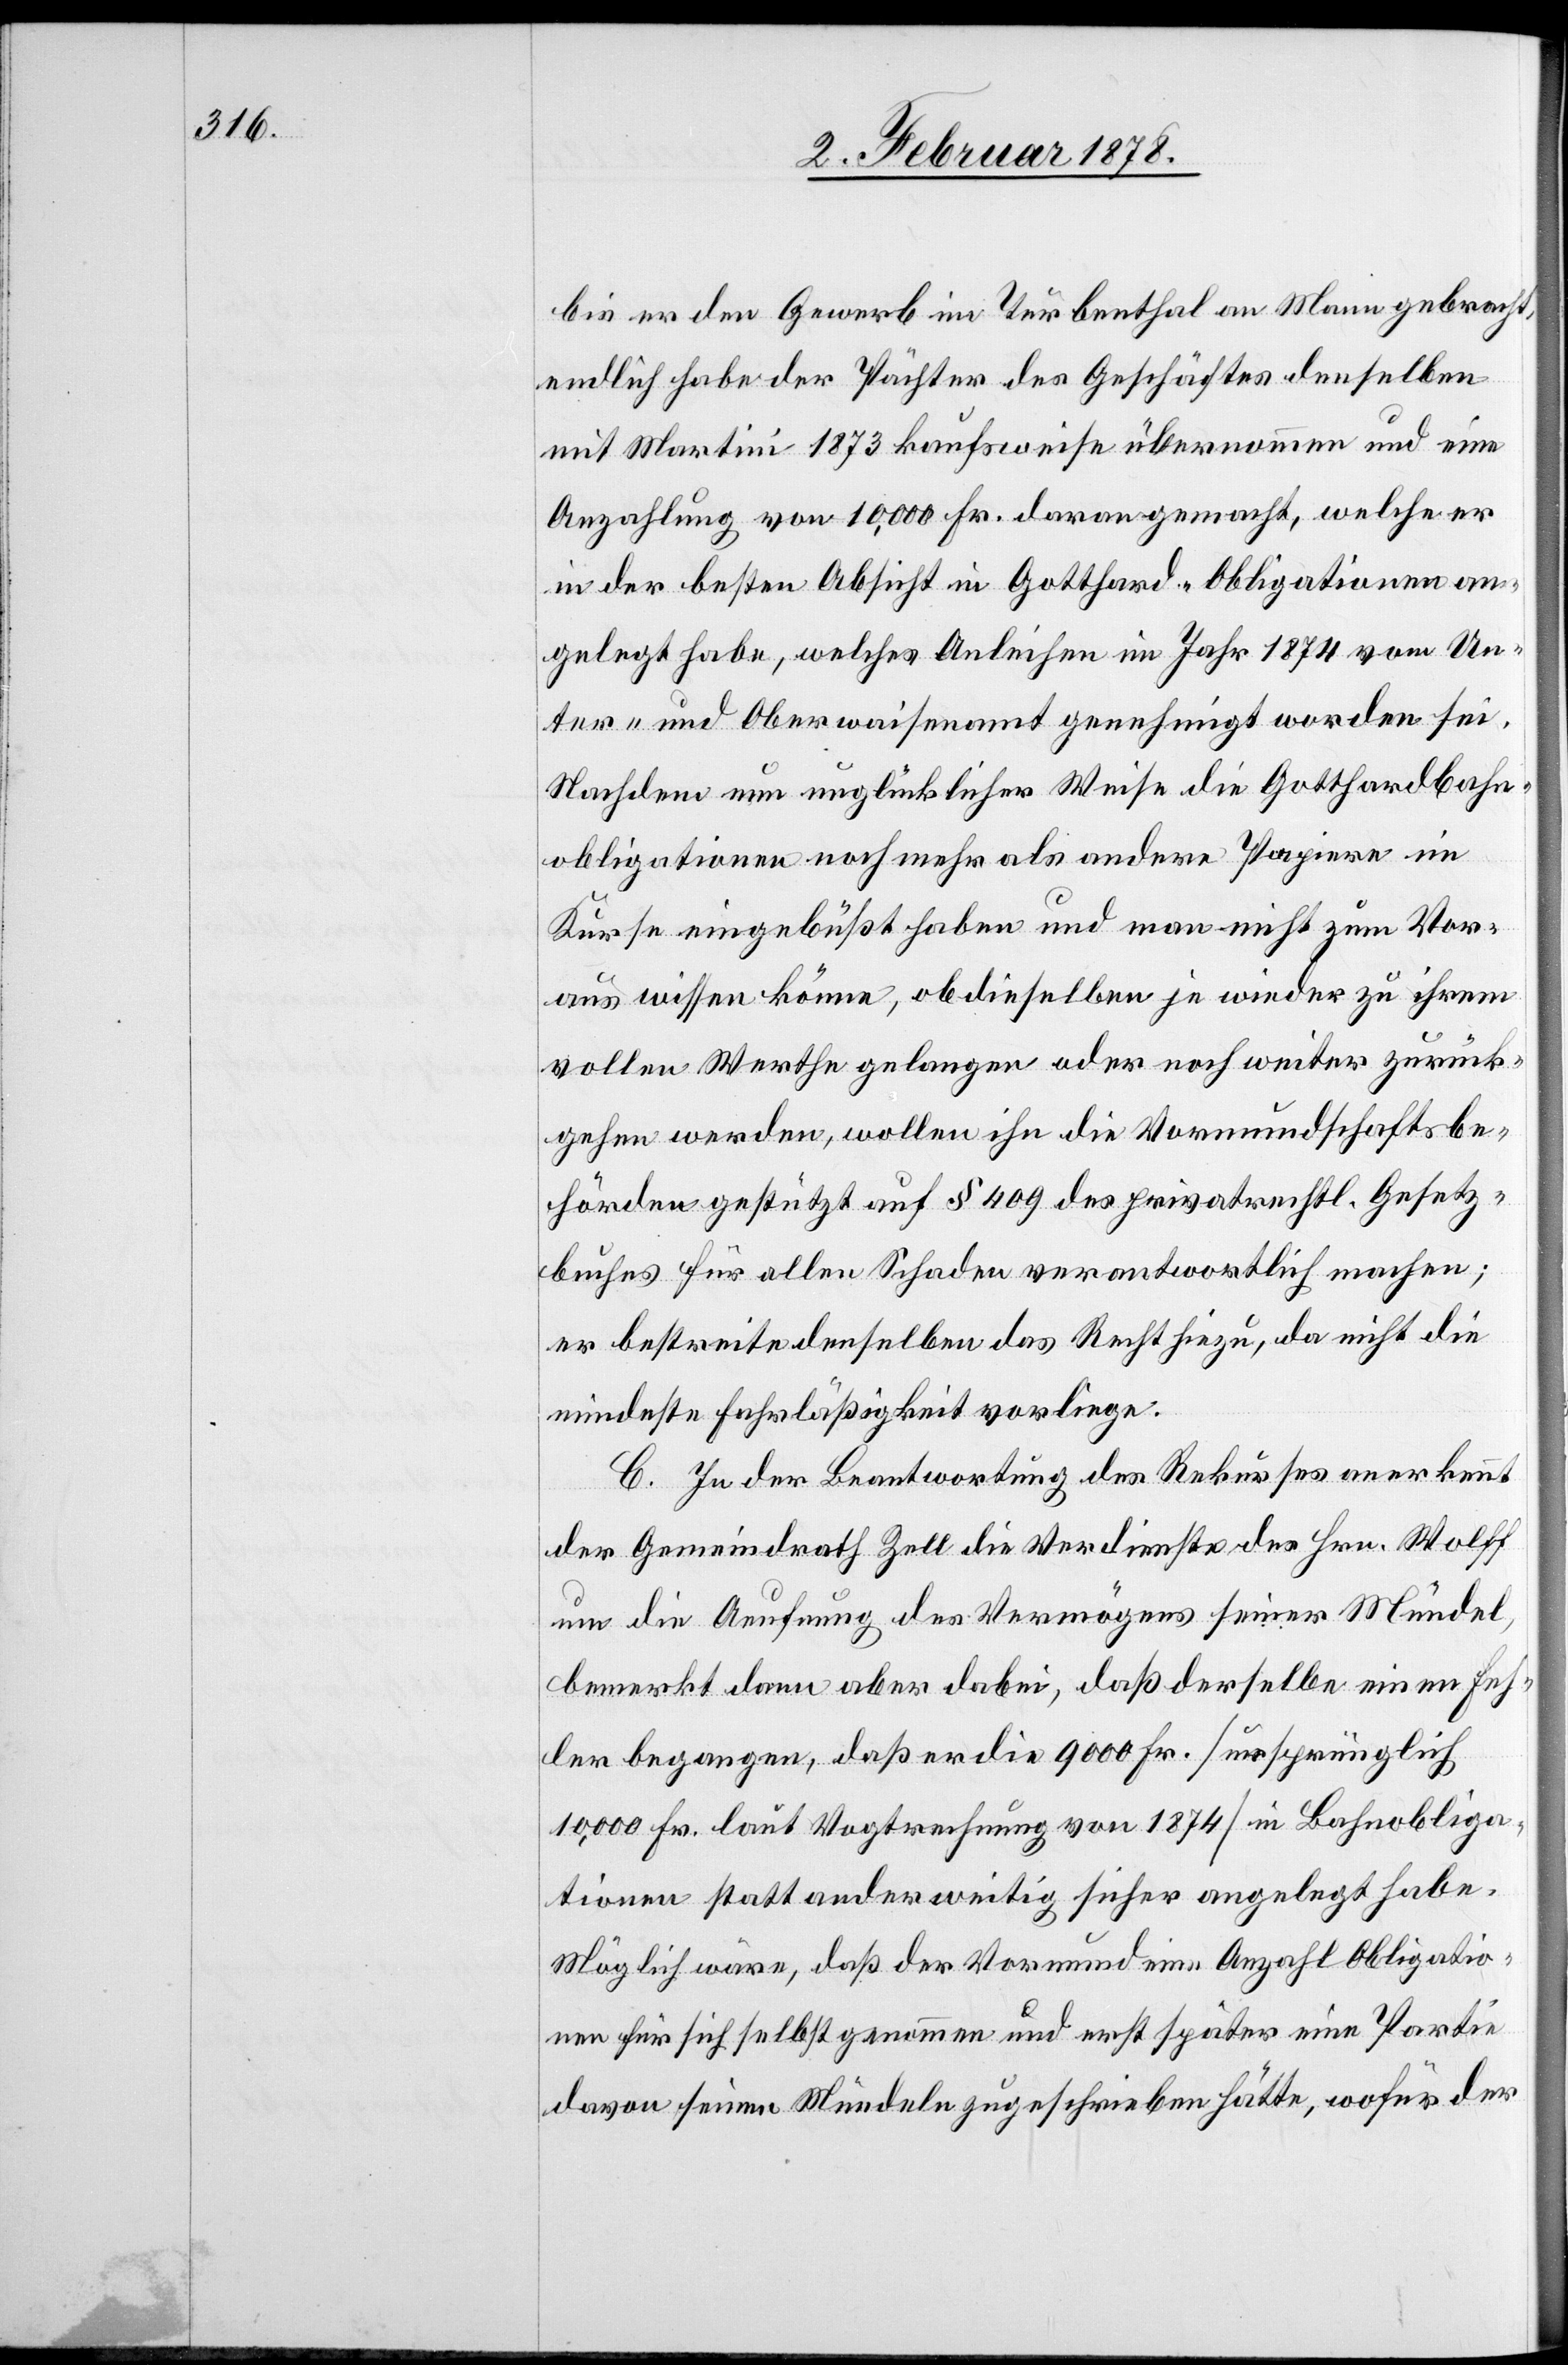
bis er den Gewerb im Turbenthal an Mann gebracht,
endlich habe der Pächter des Geschäftes denselben
mit Martini 1873 kaufsweise übernommen und eine
Anzahlung von 10,000 Fr. daran gemacht, welche er
in der besten Absicht in Gotthard-Obligationen an¬
gelegt habe, welches Anleihen im Jahr 1874 vom Un¬
ter- und Oberwaisenamt genehmigt worden sei.
Nachdem nun unglücklicher Weise die Gotthardbahn¬
obligationen noch mehr als andere Papiere im
Kurse eingebüßt haben und man nicht zum Vor¬
aus wissen könne, ob dieselben je wieder zu ihrem
vollen Werthe gelangen oder noch weiter zurück¬
gehen werden, wollen ihn die Vormundschaftsbe¬
hörden gestützt auf § 409 des privatrechtl. Gesetz¬
buches für allen Schaden verantwortlich machen;
er bestreite denselben das Recht hiezu, da nicht die
mindeste Fahrlässigkeit vorliege.
C. In der Beantwortung des Rekurses anerkennt
der Gemeindrath Zell die Verdienste des Hrn. Wolff
um die Aeufnung des Vermögens seiner Mündel
bemerkt dann aber dabei, daß derselbe einen Feh¬
ler begangen, daß er die 9000 Fr. (ursprünglich
10,000 Fr. laut Vogtrechnung von 1874) in Bahnobliga¬
tionen statt anderweitig sicher angelegt habe.
Möglich wäre, daß der Vormund eine Anzahl Obligatio¬
nen für sich selbst genommen und erst später eine Partie
davon seinen Mündeln zugeschrieben hätte, wofür der